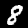
Label: 8